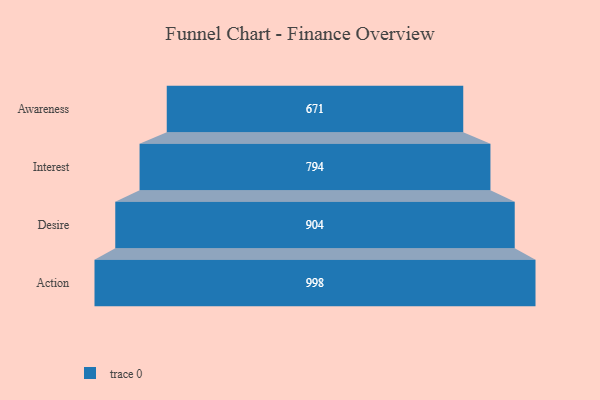
{"axis": {"x": "Stage", "y": "Value"}, "legend": [""], "data": [{"x": "Awareness", "y": 671.0, "type": ""}, {"x": "Interest", "y": 794.0, "type": ""}, {"x": "Desire", "y": 904.0, "type": ""}, {"x": "Action", "y": 998.0, "type": ""}]}